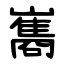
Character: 巂